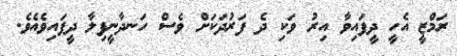
ރަމްޒީ އެހީ ދީފައިވާ އިރު ވަކި ދެ ފަރުދަކަށް ވެސް ހަނދާނީފިލާ ދީފައިވެއެވެ.